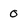
Character: 0